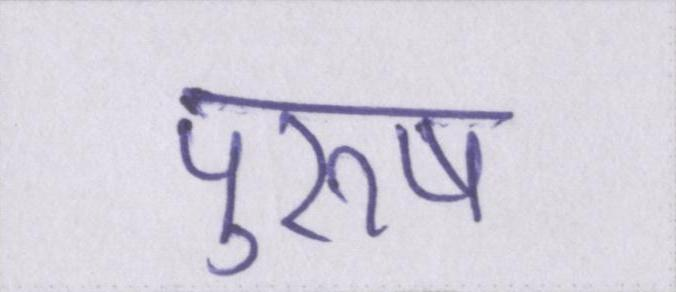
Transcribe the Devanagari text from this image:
पुरूष